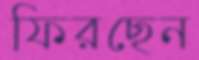
ফিরছেন